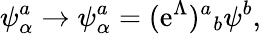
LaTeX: \psi_{\alpha}^{a}\rightarrow\psi_{\alpha}^{a}=(\mathrm{e}^{\Lambda}){}^{a}{}_{b}\psi^{b},